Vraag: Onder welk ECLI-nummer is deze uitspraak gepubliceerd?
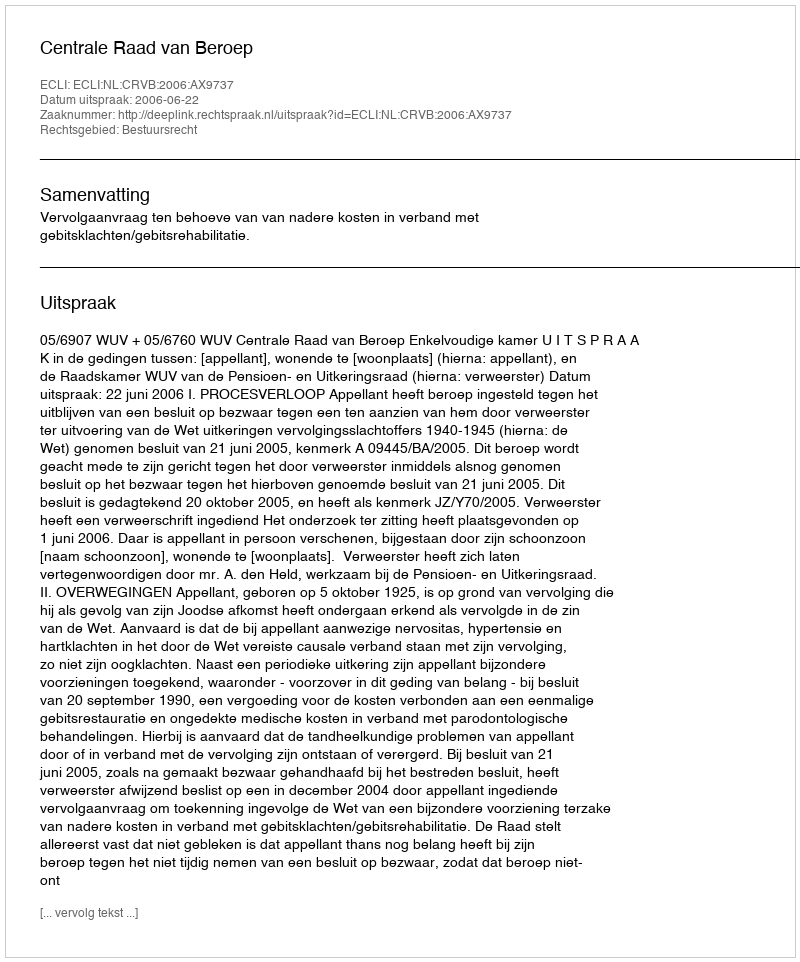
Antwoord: ECLI:NL:CRVB:2006:AX9737